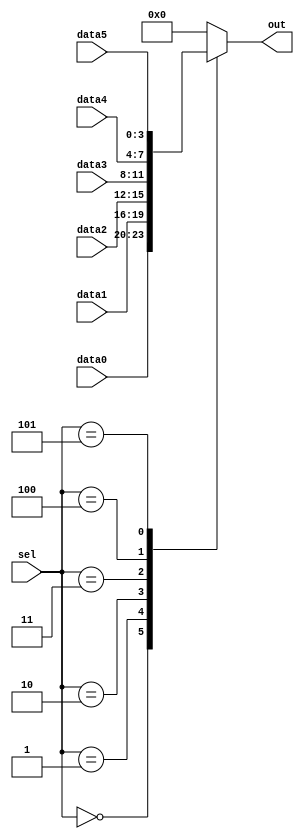
// synthesis verilog_input_version verilog_2001
module top_module ( 
    input [2:0] sel, 
    input [3:0] data0,
    input [3:0] data1,
    input [3:0] data2,
    input [3:0] data3,
    input [3:0] data4,
    input [3:0] data5,
    output reg [3:0] out   );//

    always@(*) begin  // This is a combinational circuit
        case(sel)
            3'd0:out=data0;
            3'd1:out=data1;
            3'd2:out=data2;
            3'd3:out=data3;
            3'd4:out=data4;
            3'd5:out=data5;
            default:out=4'd0;
        endcase
    end

endmodule